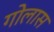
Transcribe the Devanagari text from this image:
गोलास